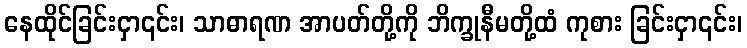
နေထိုင်ခြင်းငှာ၎င်း၊ သာဓာရဏ အာပတ်တို့ကို ဘိက္ခုနီမတို့ထံ ကုစား ခြင်းငှာ၎င်း၊